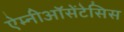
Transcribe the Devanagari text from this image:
ऐम्नीऑसेंटेसिस